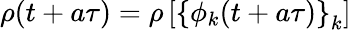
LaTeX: \rho(t+a\tau)=\rho\left[\left\{ \phi_{k}(t+a\tau)\right\} _{k}\right]